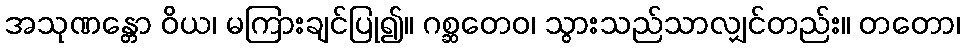
အသုဏန္တော ဝိယ၊ မကြားချင်ပြု၍။ ဂစ္ဆတေဝ၊ သွားသည်သာလျှင်တည်း။ တတော၊